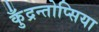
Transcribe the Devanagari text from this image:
कुँद्रन्तोप्सिया